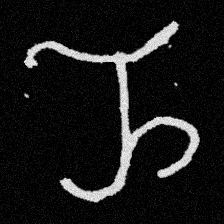
Pyu character \u2014 Myanmar letter: ည (romanized: nya)